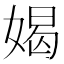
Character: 𫱊